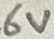
Text: 6V